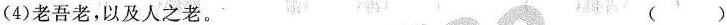
(4)老吾老，以\underset{·}{及}人之老。 ( )